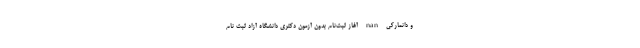
و دانمارکی nan آغاز ثبت‌نام بدون آزمون دکتری دانشگاه آزاد ثبت نام